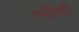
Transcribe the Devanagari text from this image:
गर्भस्थिति